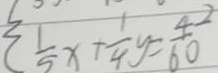
\frac { 1 } { 5 } x + \frac { 1 } { 4 } y = \frac { 4 2 } { 6 0 }